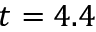
t = 4 . 4